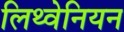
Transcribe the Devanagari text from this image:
लिथ्वेनियन